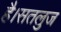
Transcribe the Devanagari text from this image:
है।सतलुज